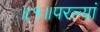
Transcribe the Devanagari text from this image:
॥१॥परल्यां